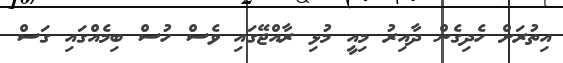
އިތުރަށް ހެދިގެން ދާއިރު މިއީ މުޅި ރާއްޖޭގައި ވެސް ހުސް ބިމެއްގައި ގަސް